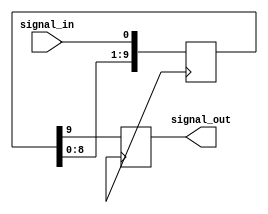
module inverter_delay(
    input signal_in,
    output reg signal_out
);

parameter delay = 10; // delay in time units

reg [delay-1:0] shift_reg; // shift register for delay

always @(posedge clk) begin
    shift_reg <= {shift_reg[delay-2:0], signal_in}; // shift input signal through register
    signal_out <= shift_reg[delay-1]; // output delayed signal
end

endmodule